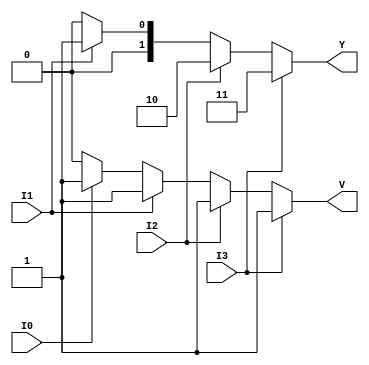
module priority_encoder (
    input wire I0, // Input 0
    input wire I1, // Input 1
    input wire I2, // Input 2
    input wire I3, // Input 3
    output reg [1:0] Y, // Output: Y1, Y0
    output reg V // Valid output
);

always @(*) begin
    // Default outputs
    Y = 2'b00; // Default output (for all inputs low)
    V = 1'b0;  // Default valid output (no active inputs)

    // Check for the highest priority input
    if (I3) begin
        Y = 2'b11; // I3 is active
        V = 1'b1;  // At least one input is active
    end
    else if (I2) begin
        Y = 2'b10; // I2 is active
        V = 1'b1;
    end
    else if (I1) begin
        Y = 2'b01; // I1 is active
        V = 1'b1;
    end
    else if (I0) begin
        Y = 2'b00; // I0 is active
        V = 1'b1;
    end
    // If all inputs are low, Y remains 00 and V remains 0
end

endmodule